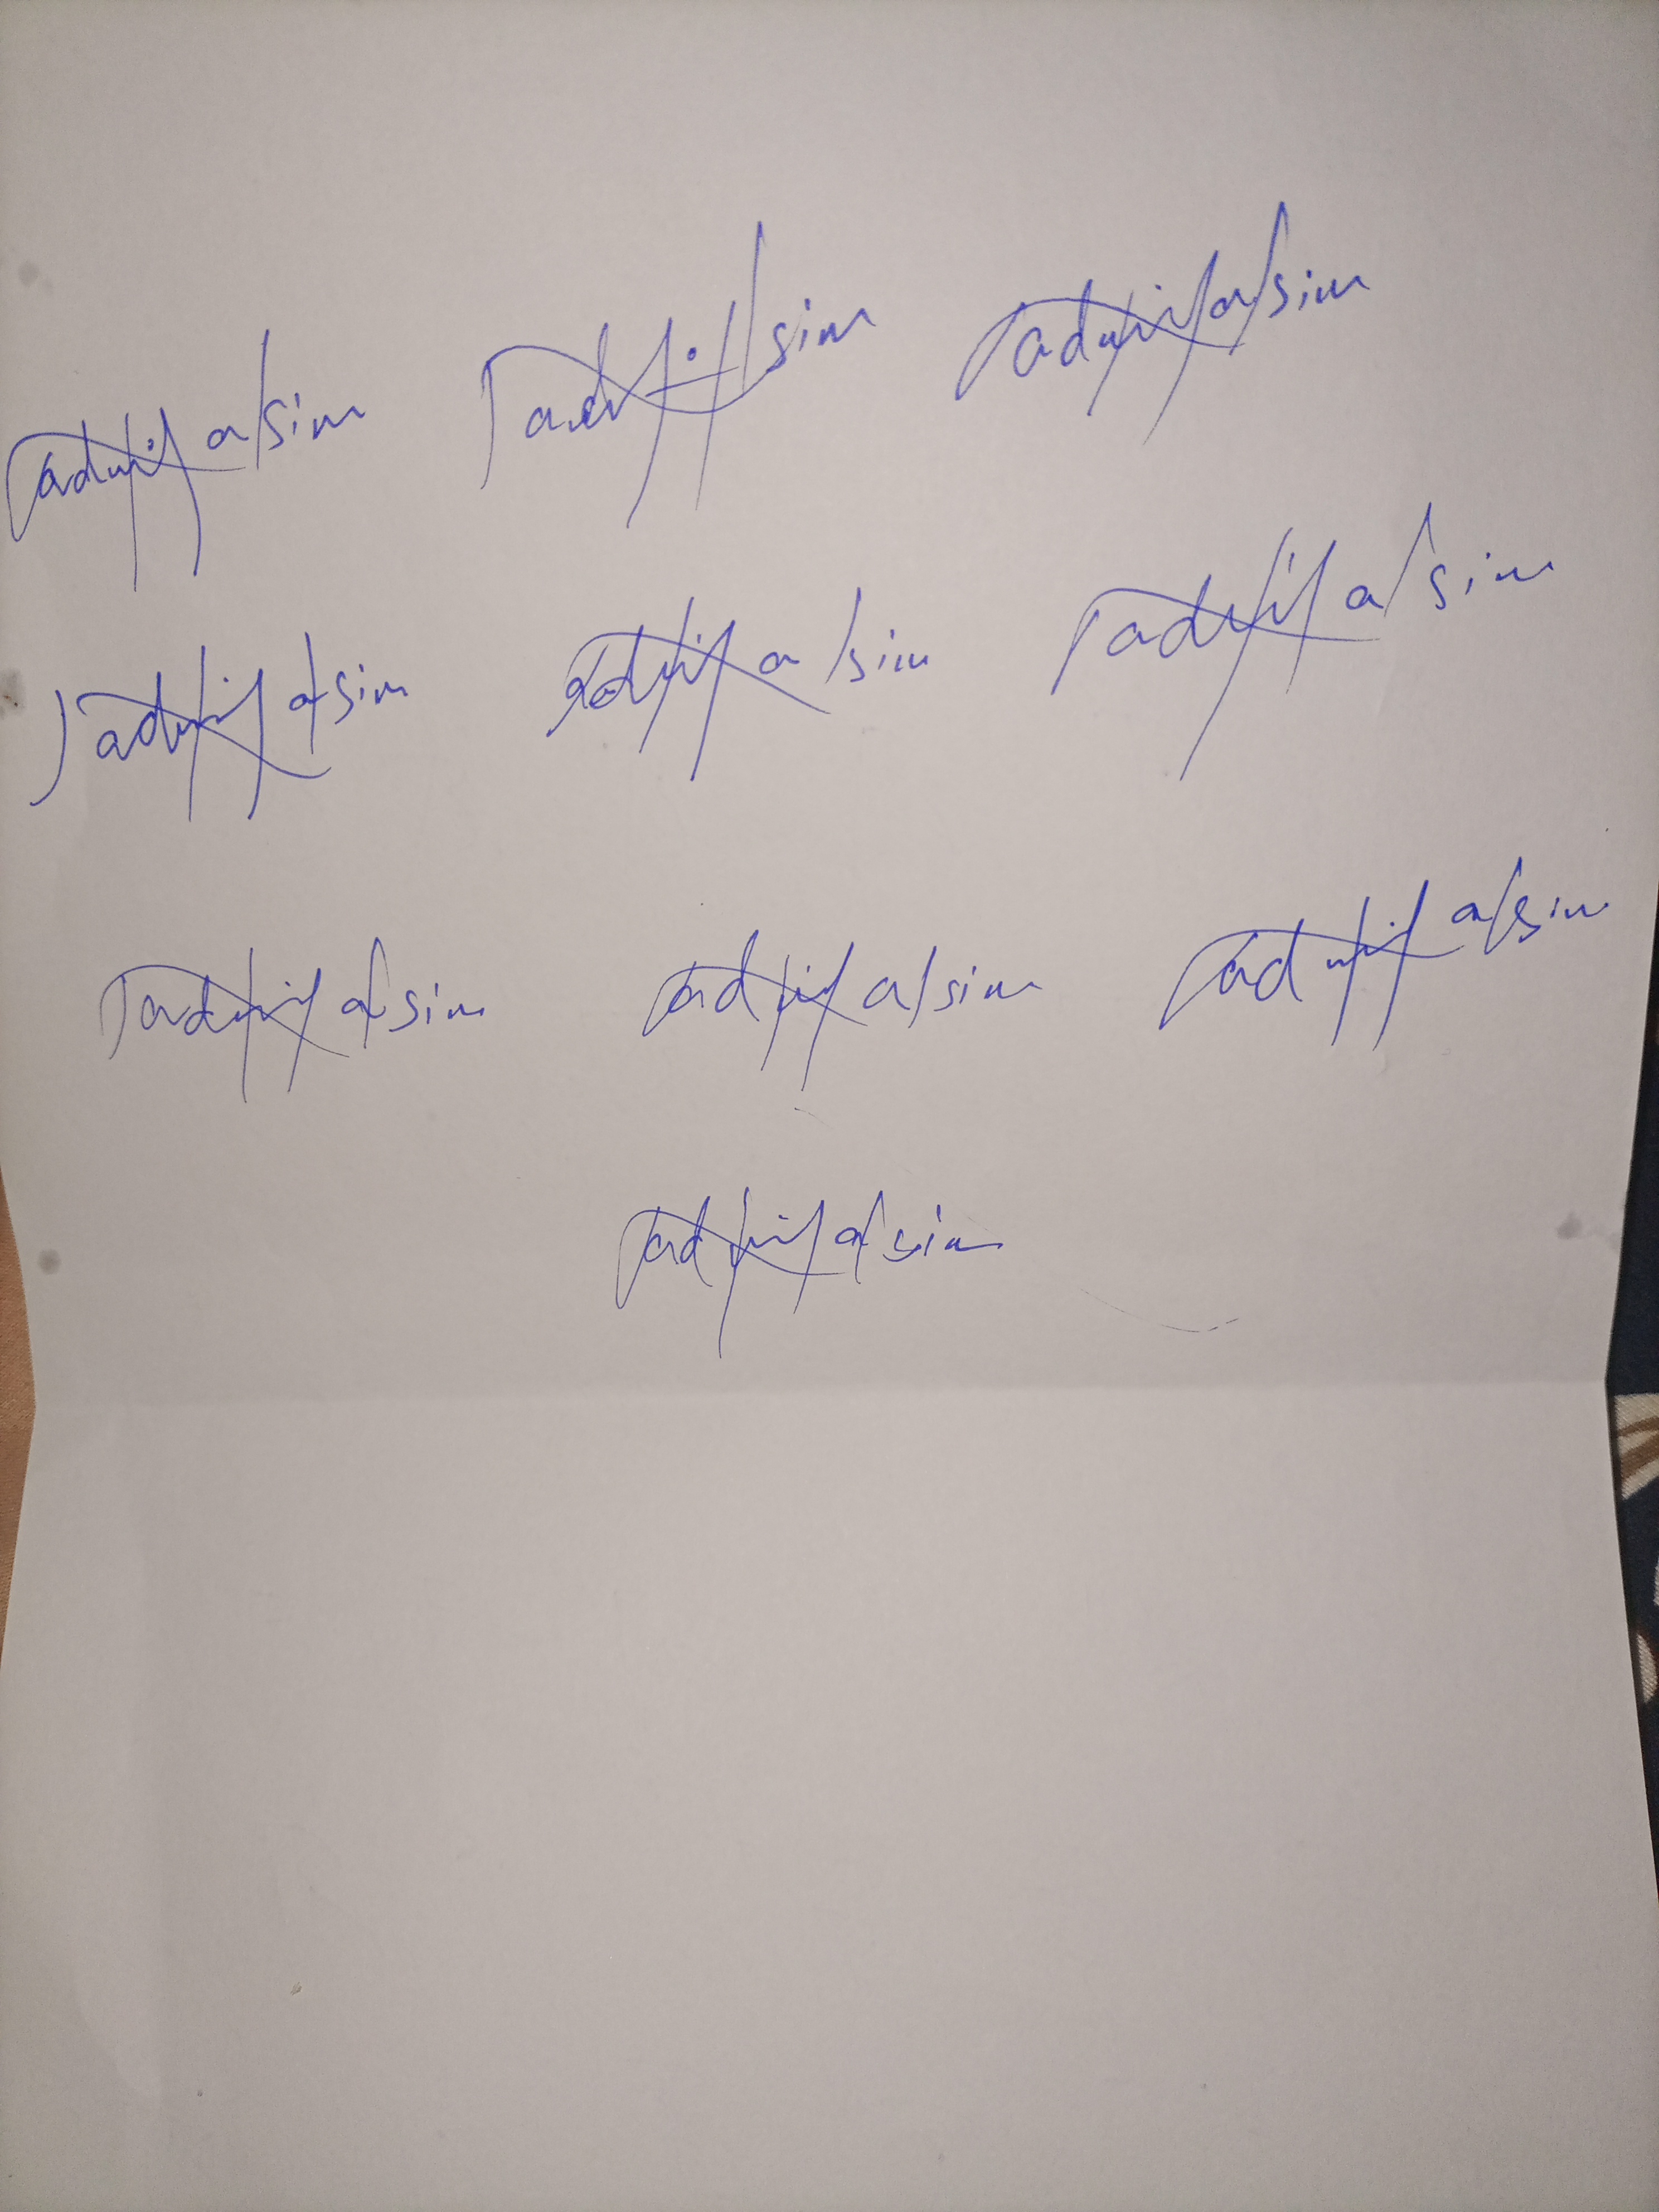
Signature authenticity: genuine